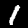
Digit: 1